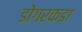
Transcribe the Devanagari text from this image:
डोंगरकडा